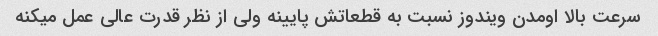
سرعت بالا اومدن ویندوز نسبت به قطعاتش پایینه ولی از نظر قدرت عالی عمل میکنه